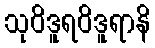
သုဝိဒူရဝိဒူရာနိ